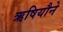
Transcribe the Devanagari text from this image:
ऋषियौने